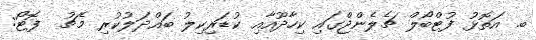
ބ. އަތޮޅު ފުޓްބޯލް ޗެލެންޖްގައި ކިހާދޫއާއި ކުޑަރިކިލު ބައްދަލުކުރި މެޗު  ފޮޓޯ: